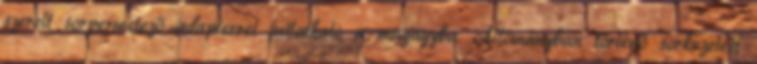
szerelt sorpermetező adapterrel juttatható a magágyba. Állományban történő sorkezelést